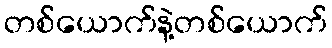
တစ်ယောက်နဲ့တစ်ယောက်